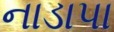
નાડાપા